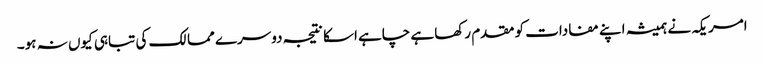
امریکہ نے ہمیشہ اپنے مفادات کو مقدم رکھا ہے چاہے اسکا نتیجہ دوسرے ممالک کی تباہی کیوں نہ ہو۔